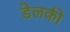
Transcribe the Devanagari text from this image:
डेलकी